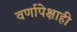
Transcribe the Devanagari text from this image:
वर्णापेक्षाही